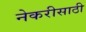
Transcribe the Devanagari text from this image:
नेकरीसाठी